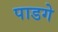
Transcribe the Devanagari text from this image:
पाडगे